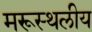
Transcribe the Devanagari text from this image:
मरूस्‍थलीय